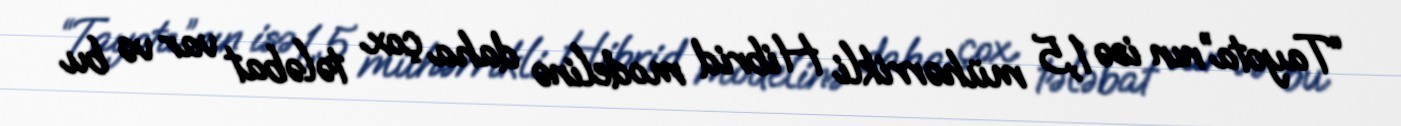
“Tayota”nın isə 1,5 mühərrikli Hibrid modelinə daha çox tələbat var və bu